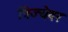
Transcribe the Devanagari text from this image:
त्रिज्येवर